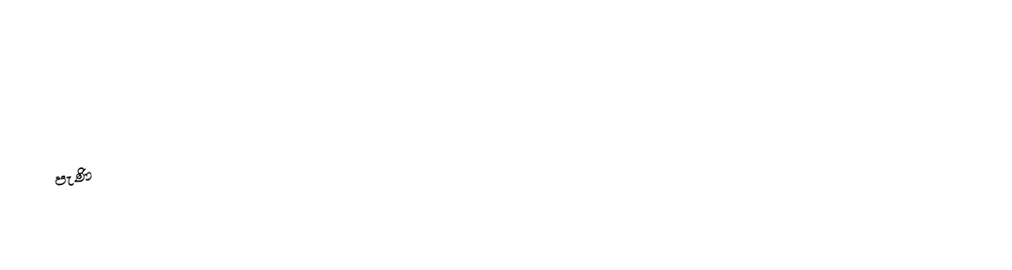
පැණි